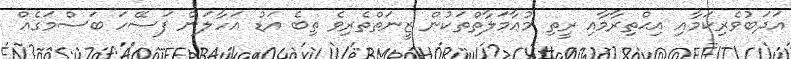
އަދަބުވެރިކަމާއި އިޙްތިރާމާއި ރީތި މުޢާމަލާތްތަކުން ޒީނަތްތެރިވެ ތިބެ އަޑު އަހާލަން ފަސޭހަ ބަސްމަގެއް